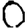
Digit: 0